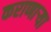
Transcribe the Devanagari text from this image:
कराणाऱ्या